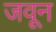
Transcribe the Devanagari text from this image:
जवून